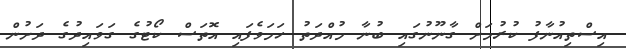
އިސްތިއުނާފު ކުރުމަށް ގާނޫނުގައި ބުނާ މުއްދަތު ހަމަވެފައި އޮތަސް ކޯޓުގެ ގަވައިދުގެ ދަށުން